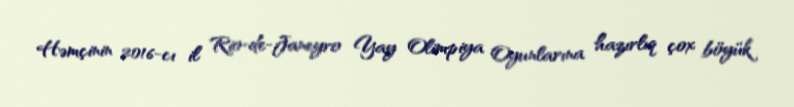
Həmçinin 2016-cı il Rio-de-Janeyro Yay Olimpiya Oyunlarına hazırlıq çox böyük